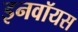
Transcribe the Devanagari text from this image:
इनवॉयस